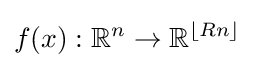
f(x):{\mathbb {R} }^{n}\rightarrow {\mathbb {R} }^{\lfloor Rn\rfloor }